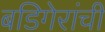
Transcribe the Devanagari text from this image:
बडिगेरांची